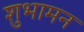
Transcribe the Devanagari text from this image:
शुभामन